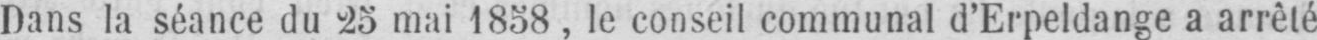
Dans la séance du 25 mai 1858, le conseil communal d’Erpeldange a arrêté